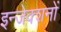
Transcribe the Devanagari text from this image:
इन्जेक्शनों